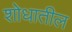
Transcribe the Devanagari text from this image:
शोधातील